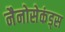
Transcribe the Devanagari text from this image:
नैनोसेकंड्स